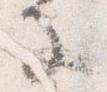
子